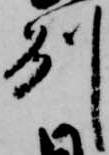
州